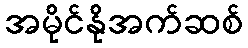
အမိုင်နိုအက်ဆစ်